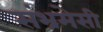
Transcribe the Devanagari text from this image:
संभ्रमेसी